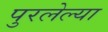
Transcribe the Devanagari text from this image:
पुरलेल्या